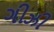
ગીઝી